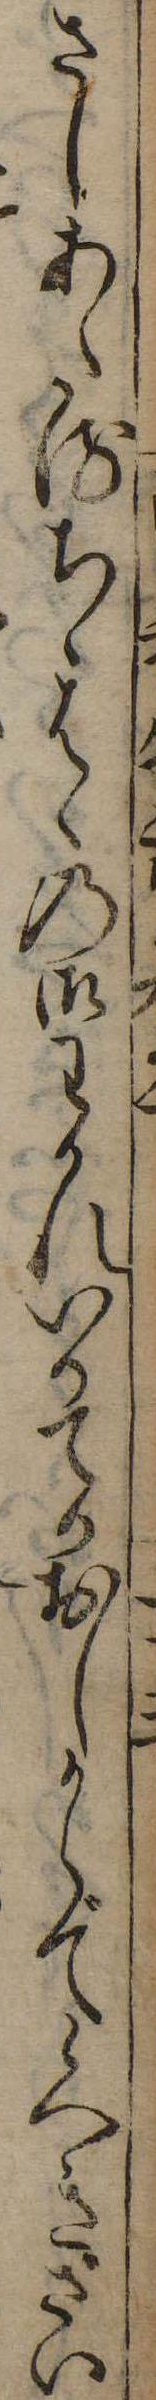
さしあたるちゝはゝの御わかれいかてかおしからで候へきざい